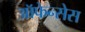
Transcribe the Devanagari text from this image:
ऑफेन्सेस